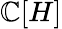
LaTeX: \mathbb{C}[H]